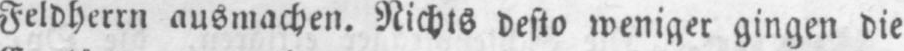
Feldherrn ausmachen. Nichts desto weniger gingen die